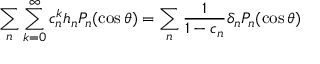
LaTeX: \sum _ { n } \sum _ { k = 0 } ^ { \infty } c _ { n } ^ { k } h _ { n } P _ { n } ( \cos \theta ) = \sum _ { n } { \frac { 1 } { 1 - c _ { n } } } \delta _ { n } P _ { n } ( \cos \theta )